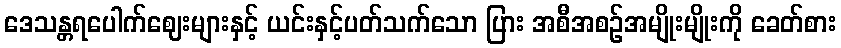
ဒေသန္တရပေါက်ဈေးများနှင့် ယင်းနှင့်ပတ်သက်သော ပြား အစီအစဉ်အမျိုးမျိုးကို ခေတ်စား